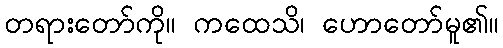
တရားတော်ကို။ ကထေသိ၊ ဟောတော်မူ၏။